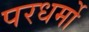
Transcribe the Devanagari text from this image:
परधर्मो